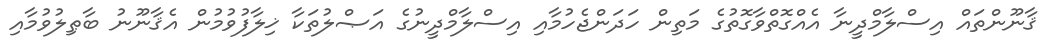
ޤާނޫންތައް އިސްލާމްދީނާ އެއްގޮތްވާގޮތުގެ މަތިން ހަދަންޖެހުމާއި އިސްލާމްދީނުގެ އަޞްލުތަކާ ޚިލާފުވުމުން އެޤާނޫނު ބާޠިލުވުމާއި